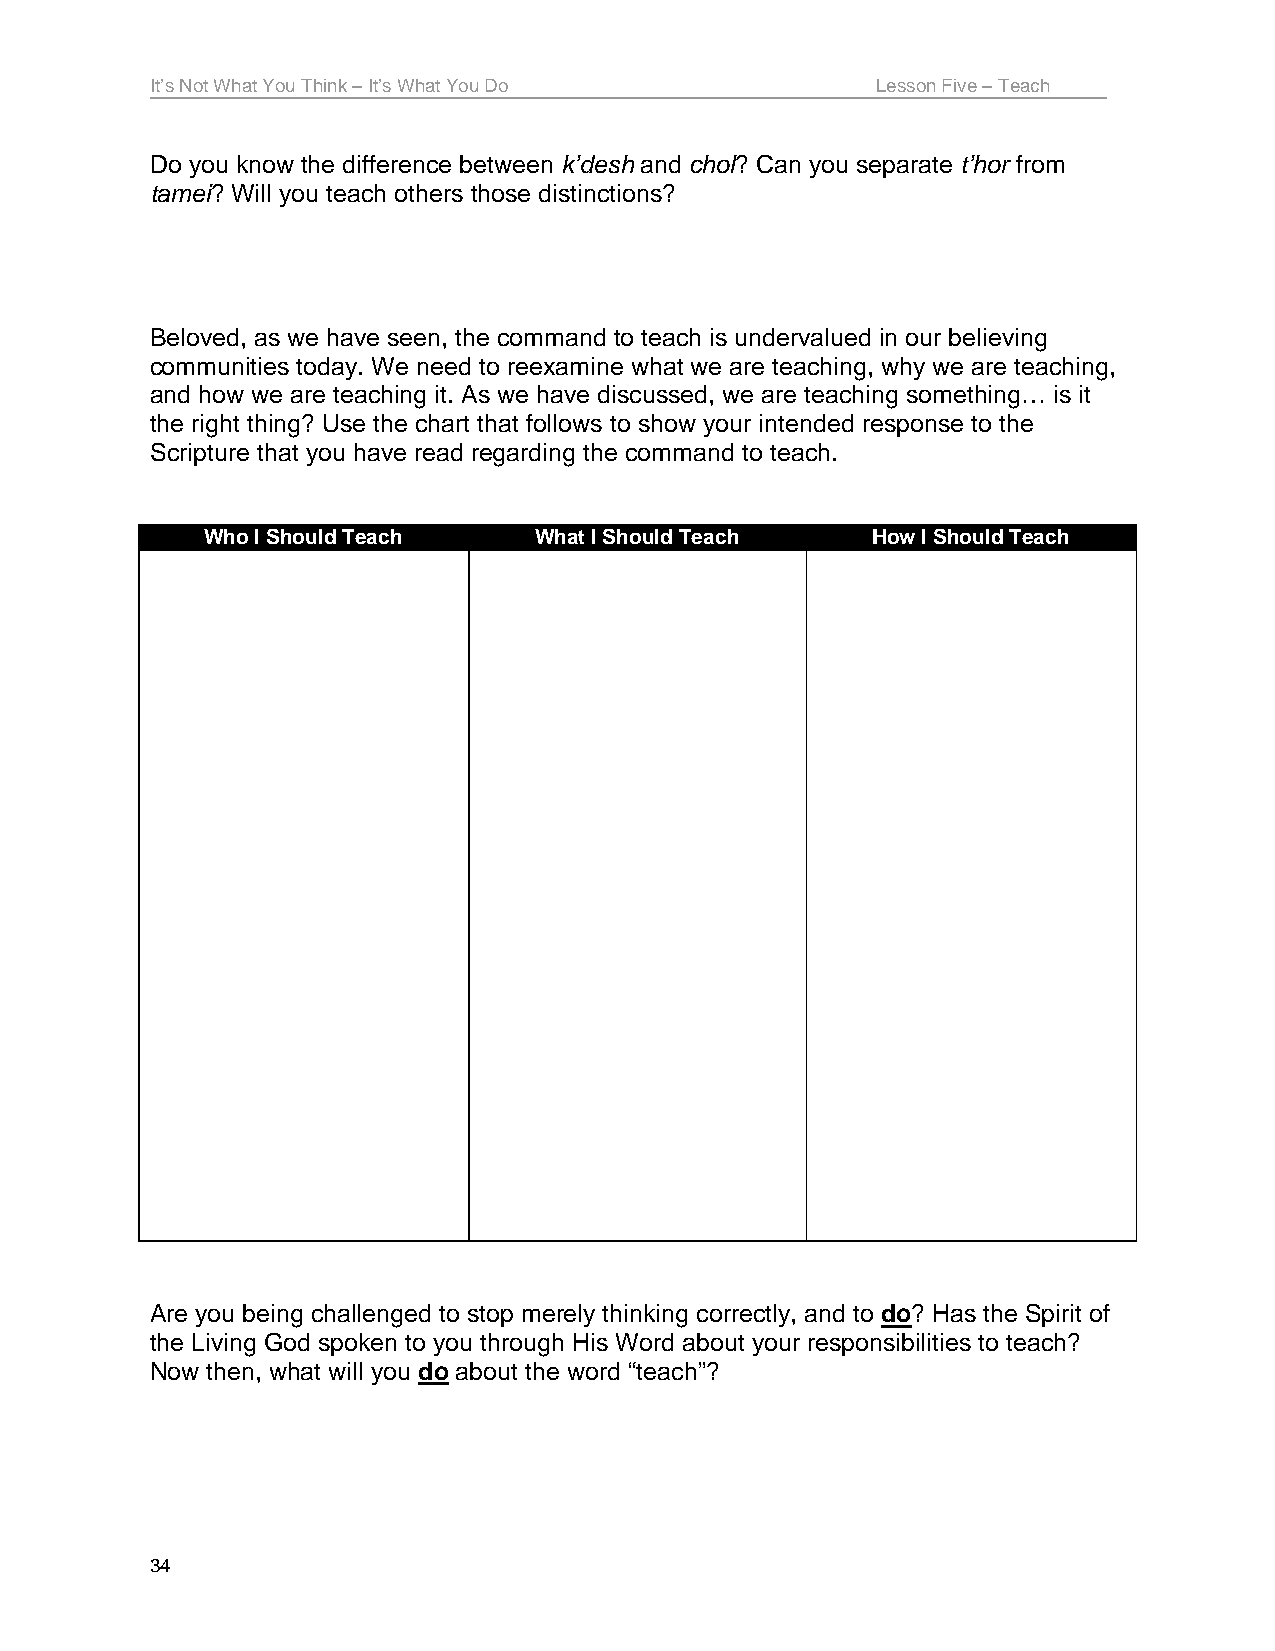
It’s Not What You Think – It’s What You Do      Lesson Five – Teach
 Do you know the difference between k’desh and chol? Can you separate t’hor from
 tamei? Will you teach others those distinctions?
 Beloved, as we have seen, the command to teach is undervalued in our believing
 communities today. We need to reexamine what we are teaching, why we are teaching,
 and how we are teaching it. As we have discussed, we are teaching something… is it
 the right thing? Use the chart that follows to show your intended response to the
 Scripture that you have read regarding the command to teach.
 Who I Should Teach   What I Should Teach    How I Should Teach
 Are you being challenged to stop merely thinking correctly, and to do? Has the Spirit of
 the Living God spoken to you through His Word about your responsibilities to teach?
 Now then, what will you do about the word “teach”?
 34